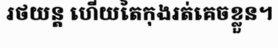
រថយន្ត ហើយតៃកុងរត់គេចខ្លួន។